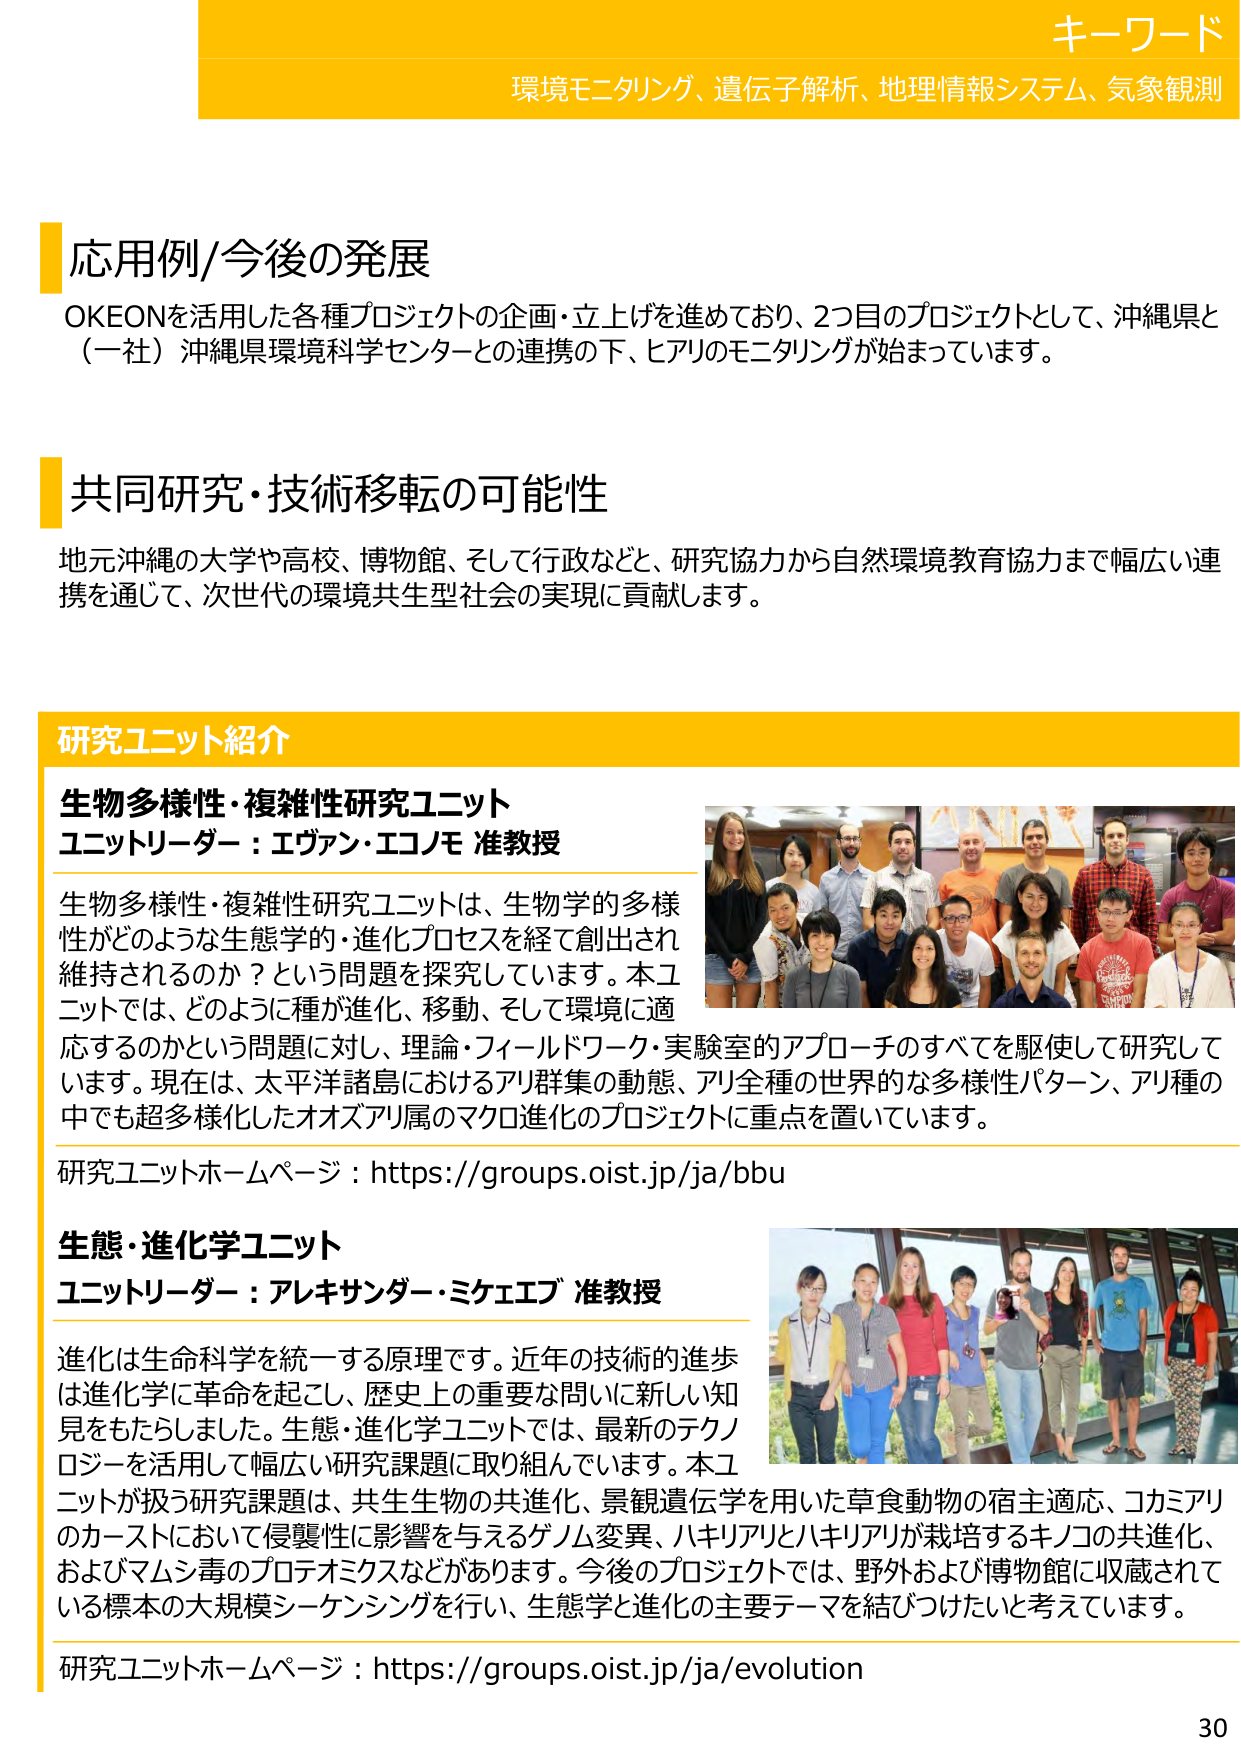
キーワード
環境モニタリング、遺伝子解析、地理情報システム、気象観測

応用例/今後の発展
OKEONを活用した各種プロジェクトの企画・立上げを進めており、2つ目のプロジェクトとして、沖縄県と（一社）沖縄県環境科学センターとの連携の下、ヒアリのモニタリングが始まっています。

共同研究・技術移転の可能性
地元沖縄の大学や高校、博物館、そして行政などと、研究協力から自然環境教育協力まで幅広い連携を通じて、次世代の環境共生型社会の実現に貢献します。

研究ユニット紹介
生物多様性・複雑性研究ユニット
ユニットリーダー：エヴァン・エコノモ 准教授
生物多様性・複雑性研究ユニットは、生物学的多様性がどのような生態学的・進化プロセスを経て創出され維持されるのか？という問題を探究しています。本ユニットでは、どのように種が進化、移動、そして環境に適応するのかという問題に対し、理論・フィールドワーク・実験室のアプローチのすべてを駆使して研究しています。現在は、太平洋諸島におけるアリ群集の動態、アリ全種の世界的な多様性パターン、アリ種の中でも超多様化したオオズアリ属のマクロ進化のプロジェクトに重点を置いています。
研究ユニットホームページ：https://groups.oist.jp/ja/bbu

生態・進化学ユニット
ユニットリーダー：アレキサンダー・ミケエブ 准教授
進化は生命科学を統一する原理です。近年の技術の進歩は進化学に革命を起こし、歴史上の重要な問いに新しい知見をもたらしました。生態・進化学ユニットでは、最新のテクノロジーを活用して幅広い研究課題に取り組んでいます。本ユニットが扱う研究課題は、共生生物の共進化、景観遺伝学を用いた草食動物の宿主適応、コカミアリのカーストにおいて侵襲性に影響を与えるゲノム変異、ハキリアリとハキリアリが栽培するキノコの共進化、およびマムシ毒のプロテオミクスなどがあります。今後のプロジェクトでは、野外および博物館に収蔵されている標本の大規模シーケンシングを行い、生態学と進化の主要テーマを結びつけたいと考えています。
研究ユニットホームページ：https://groups.oist.jp/ja/evolution

30